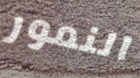
النمور